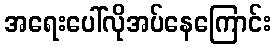
အရေးပေါ်လိုအပ်နေကြောင်း